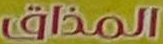
المذاق